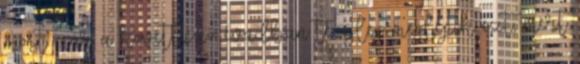
most már a következő évadban tényleg meglépik ezt, mert